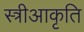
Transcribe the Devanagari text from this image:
स्त्रीआकृति